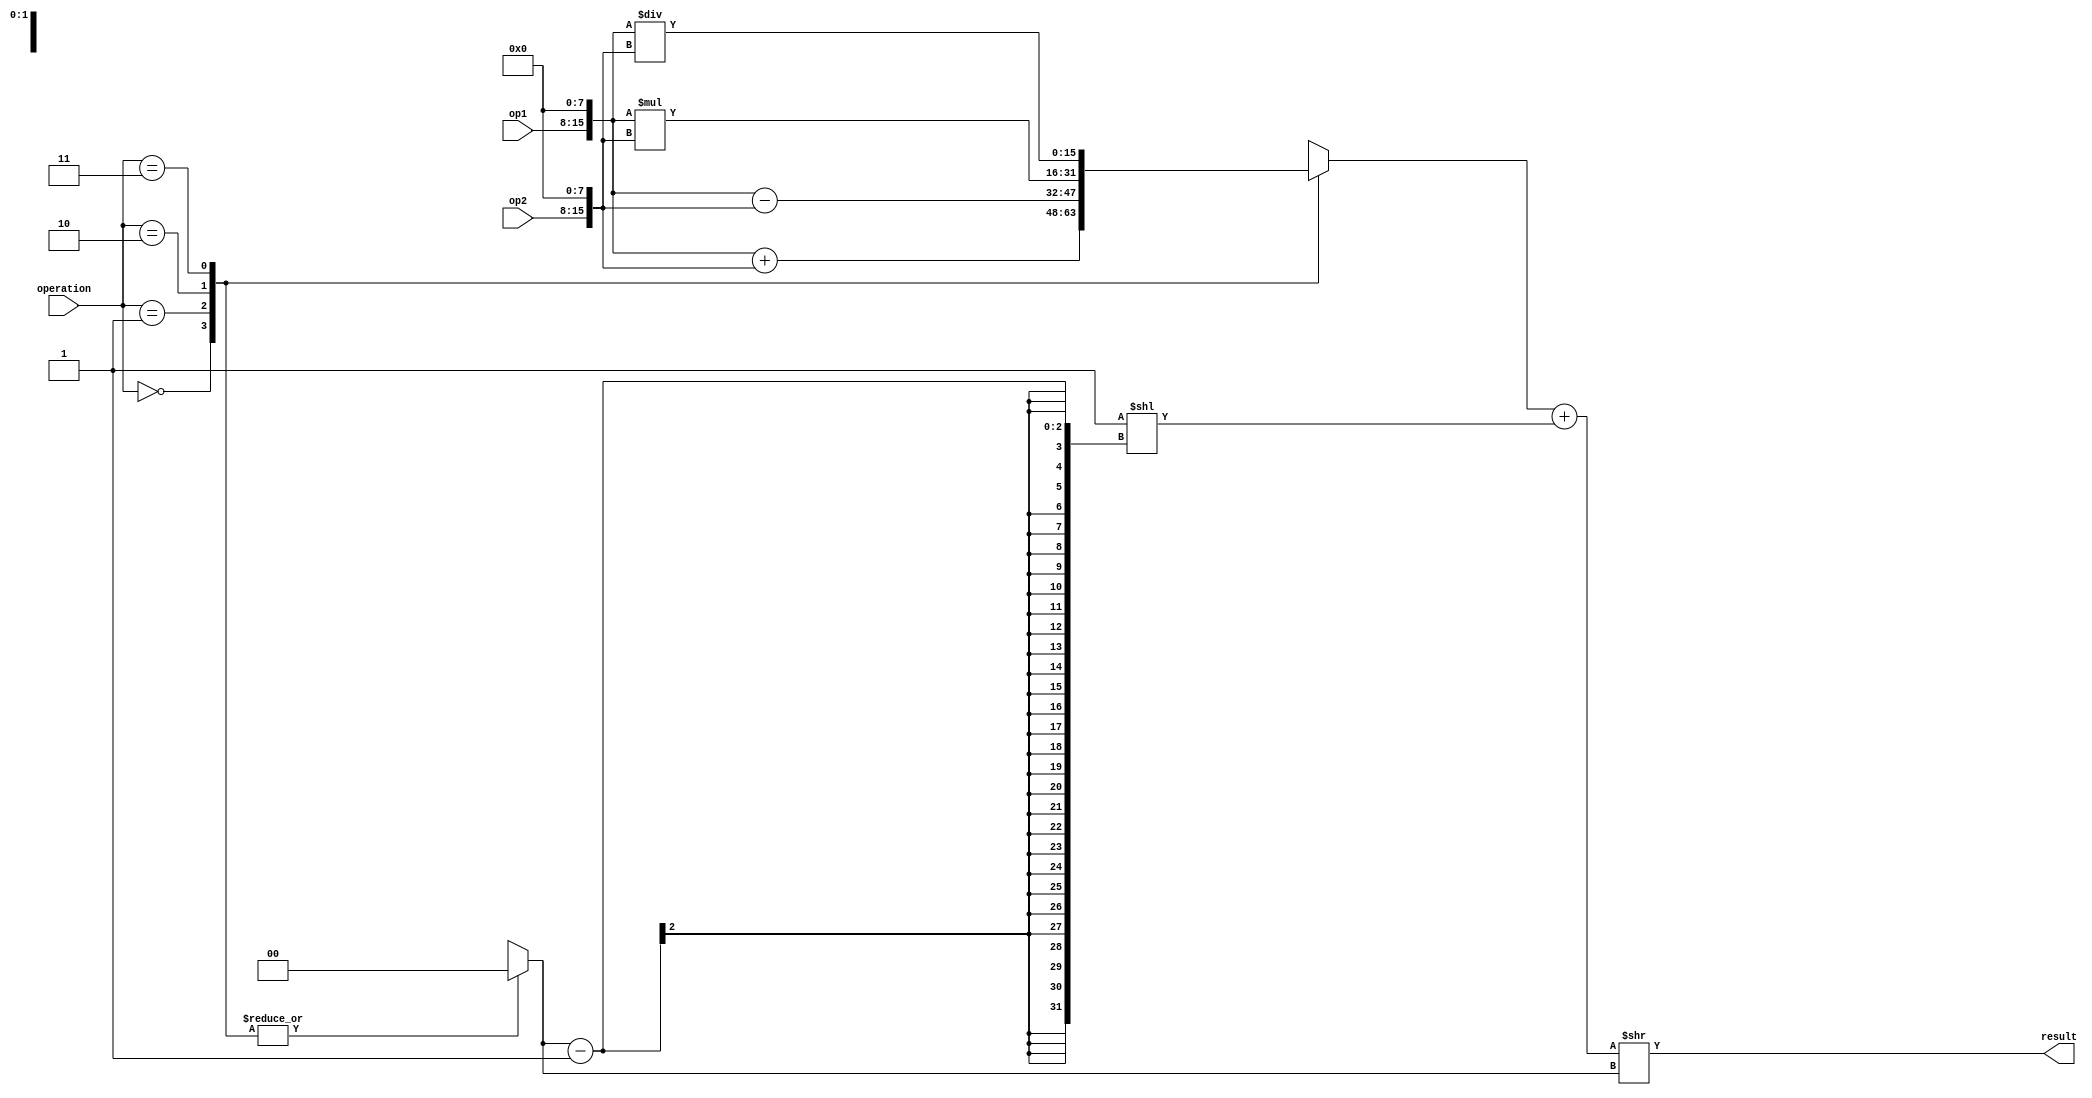
module fixed_point_unit (
    input [7:0] op1,
    input [7:0] op2,
    input [1:0] operation,
    output reg [15:0] result
);

parameter FRACTION_BITS = 8;
parameter ROUNDING_MODE = 1; // 1 for rounding up, 0 for rounding down

reg [15:0] temp_result;
reg [15:0] scaled_op1, scaled_op2;
reg [1:0] shift_amount;

// Scale inputs based on FRACTION_BITS
always @(op1, op2)
begin
    scaled_op1 = op1 << FRACTION_BITS;
    scaled_op2 = op2 << FRACTION_BITS;
end

// Determine shift amount based on operation
always @(operation)
begin
    case(operation)
        2'd0: shift_amount = 0; // Addition
        2'd1: shift_amount = 0; // Subtraction
        2'd2: shift_amount = FRACTION_BITS; // Multiplication
        2'd3: shift_amount = FRACTION_BITS; // Division
        default: shift_amount = 0;
    endcase
end

// Perform arithmetic operation
always @(scaled_op1, scaled_op2, shift_amount)
begin
    case(operation)
        2'd0: temp_result = scaled_op1 + scaled_op2;
        2'd1: temp_result = scaled_op1 - scaled_op2;
        2'd2: temp_result = scaled_op1 * scaled_op2;
        2'd3: temp_result = scaled_op1 / scaled_op2;
        default: temp_result = 16'h0;
    endcase
    
    result = ROUNDING_MODE ? (temp_result + (1 << (shift_amount - 1))) >> shift_amount : temp_result >> shift_amount;
end

endmodule